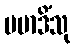
ပမာဒိံသု